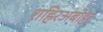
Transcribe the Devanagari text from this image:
शहिरअबोहर